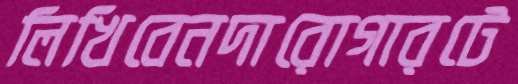
লিখিবেনদারোগারটে